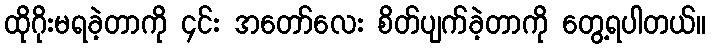
ထိုဂိုးမရခဲ့တာကို ၄င်း အတော်လေး စိတ်ပျက်ခဲ့တာကို တွေ့ရပါတယ်။